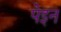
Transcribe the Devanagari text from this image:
पेइन